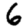
Digit: 6